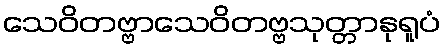
သေဝိတဗ္ဗာသေဝိတဗ္ဗသုတ္တာနုရူပံ